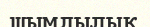
шымдылық